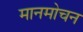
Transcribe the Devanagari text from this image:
मानमोचन